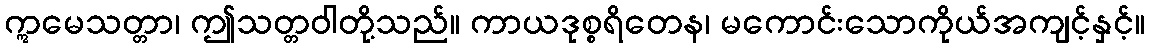
ဣမေသတ္တာ၊ ဤသတ္တဝါတို့သည်။ ကာယဒုစ္စရိတေန၊ မကောင်းသောကိုယ်အကျင့်နှင့်။